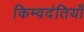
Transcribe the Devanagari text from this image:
किम्वदंतियाँ